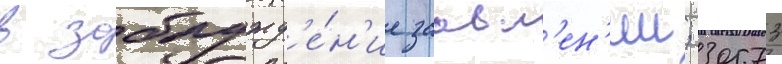
в заблужд'е́н'ие заавл'ен'ии; 30573